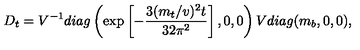
D _ { t } = V ^ { - 1 } d i a g \left( \exp \left[ - \frac { 3 ( m _ { t } / v ) ^ { 2 } t } { 3 2 \pi ^ { 2 } } \right] , 0 , 0 \right) V d i a g ( m _ { b } , 0 , 0 ) ,